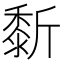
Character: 𪏴